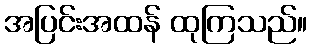
အပြင်းအထန် ထုကြသည်။